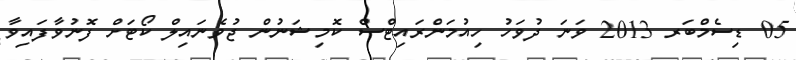
05 ޑިސެމްބަރ 2013 ވަނަ ދުވަހު ހިއުމަންރައިޓްސް ކޮމިޝަނުން ޖުވެނައިލް ކޯޓަށް ފޮނުވާފައިވާ